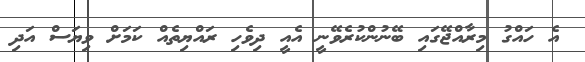
އެ ހައްގު މިރާއްޖޭގައި ބޭނުންކުރެވޭނީ އެއީ ދިވެހި ރައްޔިތެއް ކަމަށް ވިޔަސް އަދި